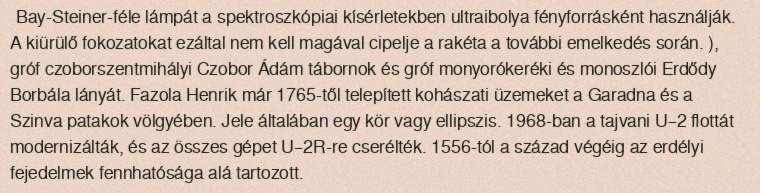
Bay-Steiner-féle lámpát a spektroszkópiai kísérletekben ultraibolya fényforrásként használják. A kiürülő fokozatokat ezáltal nem kell magával cipelje a rakéta a további emelkedés során. ), gróf czoborszentmihályi Czobor Ádám tábornok és gróf monyorókeréki és monoszlói Erdődy Borbála lányát. Fazola Henrik már 1765-től telepített kohászati üzemeket a Garadna és a Szinva patakok völgyében. Jele általában egy kör vagy ellipszis. 1968-ban a tajvani U–2 flottát modernizálták, és az összes gépet U–2R-re cserélték. 1556-tól a század végéig az erdélyi fejedelmek fennhatósága alá tartozott.